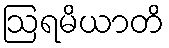
ဩရမိယာတိ